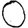
Digit: 0